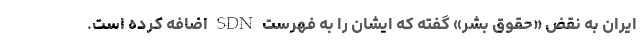
ایران به نقض «حقوق بشر» گفته که ایشان را به فهرست SDN اضافه کرده است.